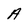
Character: A